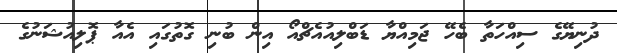
ދުނިޔޭގެ ސިއްހަތާ ބެހޭ ޖަމިއްޔާ ޑަބްލިއުއެޗްއޯ އިން ބުނި ގޮތުގައި އެއާ ޕޮލިއުޝަނުގެ